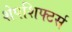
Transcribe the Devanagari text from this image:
शेपशिफ्टर्स